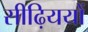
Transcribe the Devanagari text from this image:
सीढ़िययों